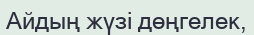
Айдың жүзi дөңгелек,